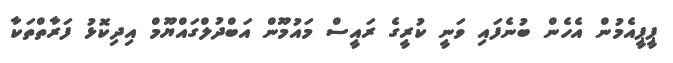
ޕީޕީއެމުން އެހެން ބުނެފައި ވަނީ ކުރީގެ ރައީސް މައުމޫން އަބްދުލްގައްޔޫމް އިދިކޮޅު ފަރާތްތަކާ